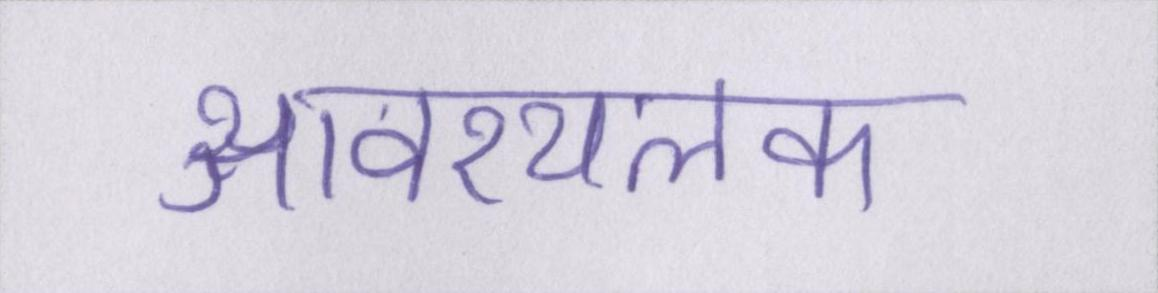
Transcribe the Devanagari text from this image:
आवश्यलक